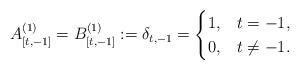
LaTeX: \begin{align*}A_{[t,-1]}^{(1)}=B_{[t,-1]}^{(1)}:=\delta_{t,-1}=\begin{cases}1, & t=-1,\\0, & t\neq -1.\end{cases}\end{align*}